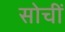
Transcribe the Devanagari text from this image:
सोचीं